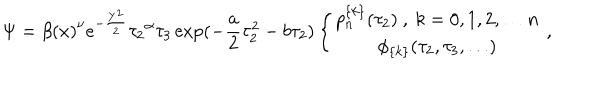
LaTeX: \Psi = { \beta ( x ) } ^ { \nu } e ^ { - \frac { Y ^ { 2 } } { 2 } } { \tau _ { 2 } } ^ { \alpha } \tau _ { 3 } \exp ( - \frac { a } { 2 } \tau _ { 2 } ^ { 2 } - b \tau _ { 2 } ) \left\{ \begin{array} { c } { { p _ { n } ^ { \{ k \} } ( \tau _ { 2 } ) \ , \ k = 0 , 1 , 2 , \ldots n } } \\ { { \phi _ { \{ k \} } ( \tau _ { 2 } , \tau _ { 3 } , \ldots ) } } \\ \end{array} \ , \right.